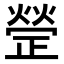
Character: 𭭱